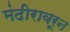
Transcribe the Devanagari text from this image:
मंदीरावरून